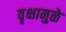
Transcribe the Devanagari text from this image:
वृक्षामुळे